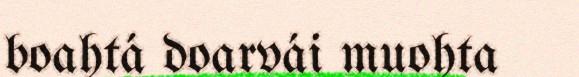
boahtá doarvái muohta